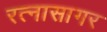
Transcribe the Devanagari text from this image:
रत्नासागर